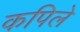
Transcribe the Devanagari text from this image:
कपिले